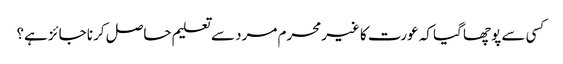
کسی سے پوچھا گیا کہ عورت کا غیرمحرم مرد سے تعلیم حاصل کرنا جائز ہے؟